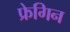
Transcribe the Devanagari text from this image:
फ्रेगिन